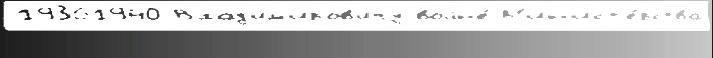
19361940 Влад'им'иров'ичу войн'е́ М'ин'ист'е́рства